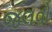
જલવો